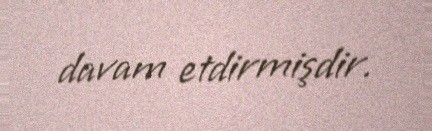
davam etdirmişdir.